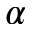
\alpha